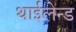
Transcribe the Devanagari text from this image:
थाईलेन्ड